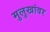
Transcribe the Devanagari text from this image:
मुलुखांवर